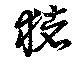
猪